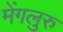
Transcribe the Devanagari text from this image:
मेंगलुरु